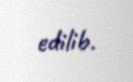
edilib.